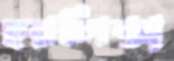
হরলিক্স